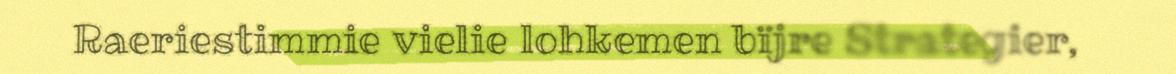
Raeriestimmie vielie lohkemen bïjre Strategier,